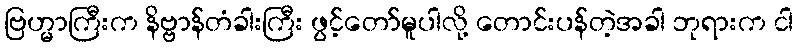
ဗြဟ္မာကြီးက နိဗ္ဗာန်တံခါးကြီး ဖွင့်တော်မူပါလို့ တောင်းပန်တဲ့အခါ ဘုရားက ငါ